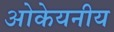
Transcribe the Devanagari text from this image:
ओकेयनीय